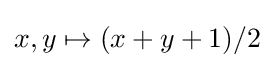
x,y\mapsto (x+y+1)/2